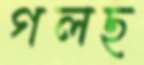
গলছ